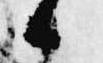
候